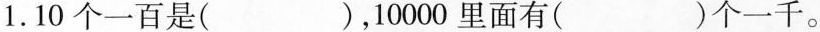
1.10个一百是( )，10000里面有( )个一千。